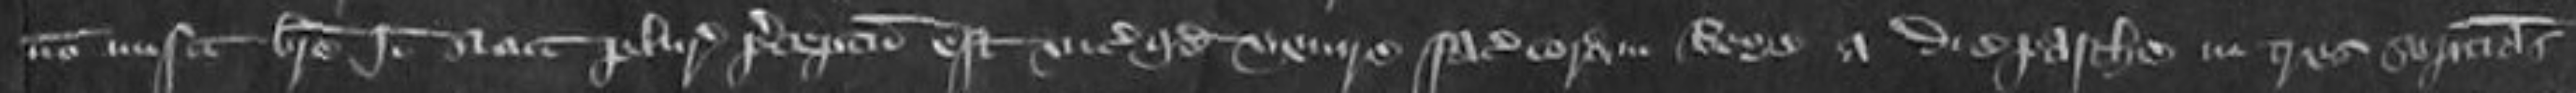
non misit breve Ideo sicut pluries preceptum est vice comites quod venire faciat coram Rege a die Pasche in tres septimanas